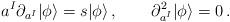
LaTeX: \begin{align*}a^I\partial_{a^I}|\phi\rangle=s|\phi\rangle\,,\qquad\partial_{a^I}^2|\phi\rangle=0\,.\end{align*}